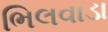
ભિલવાડા